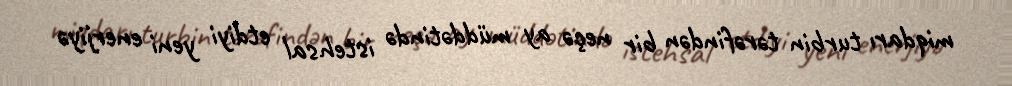
miqdarı turbin tərəfindən bir neçə ay müddətində istehsal etdiyi yeni enerjiyə